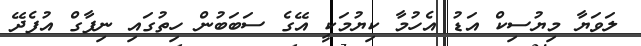
ލަވަޔާ މިޔުސިކް އަޑު އެހުމާ ކިޔުމަކީ އޭގެ ސަބަބުން ހިތުގައި ނިފާގް އުފެދޭ